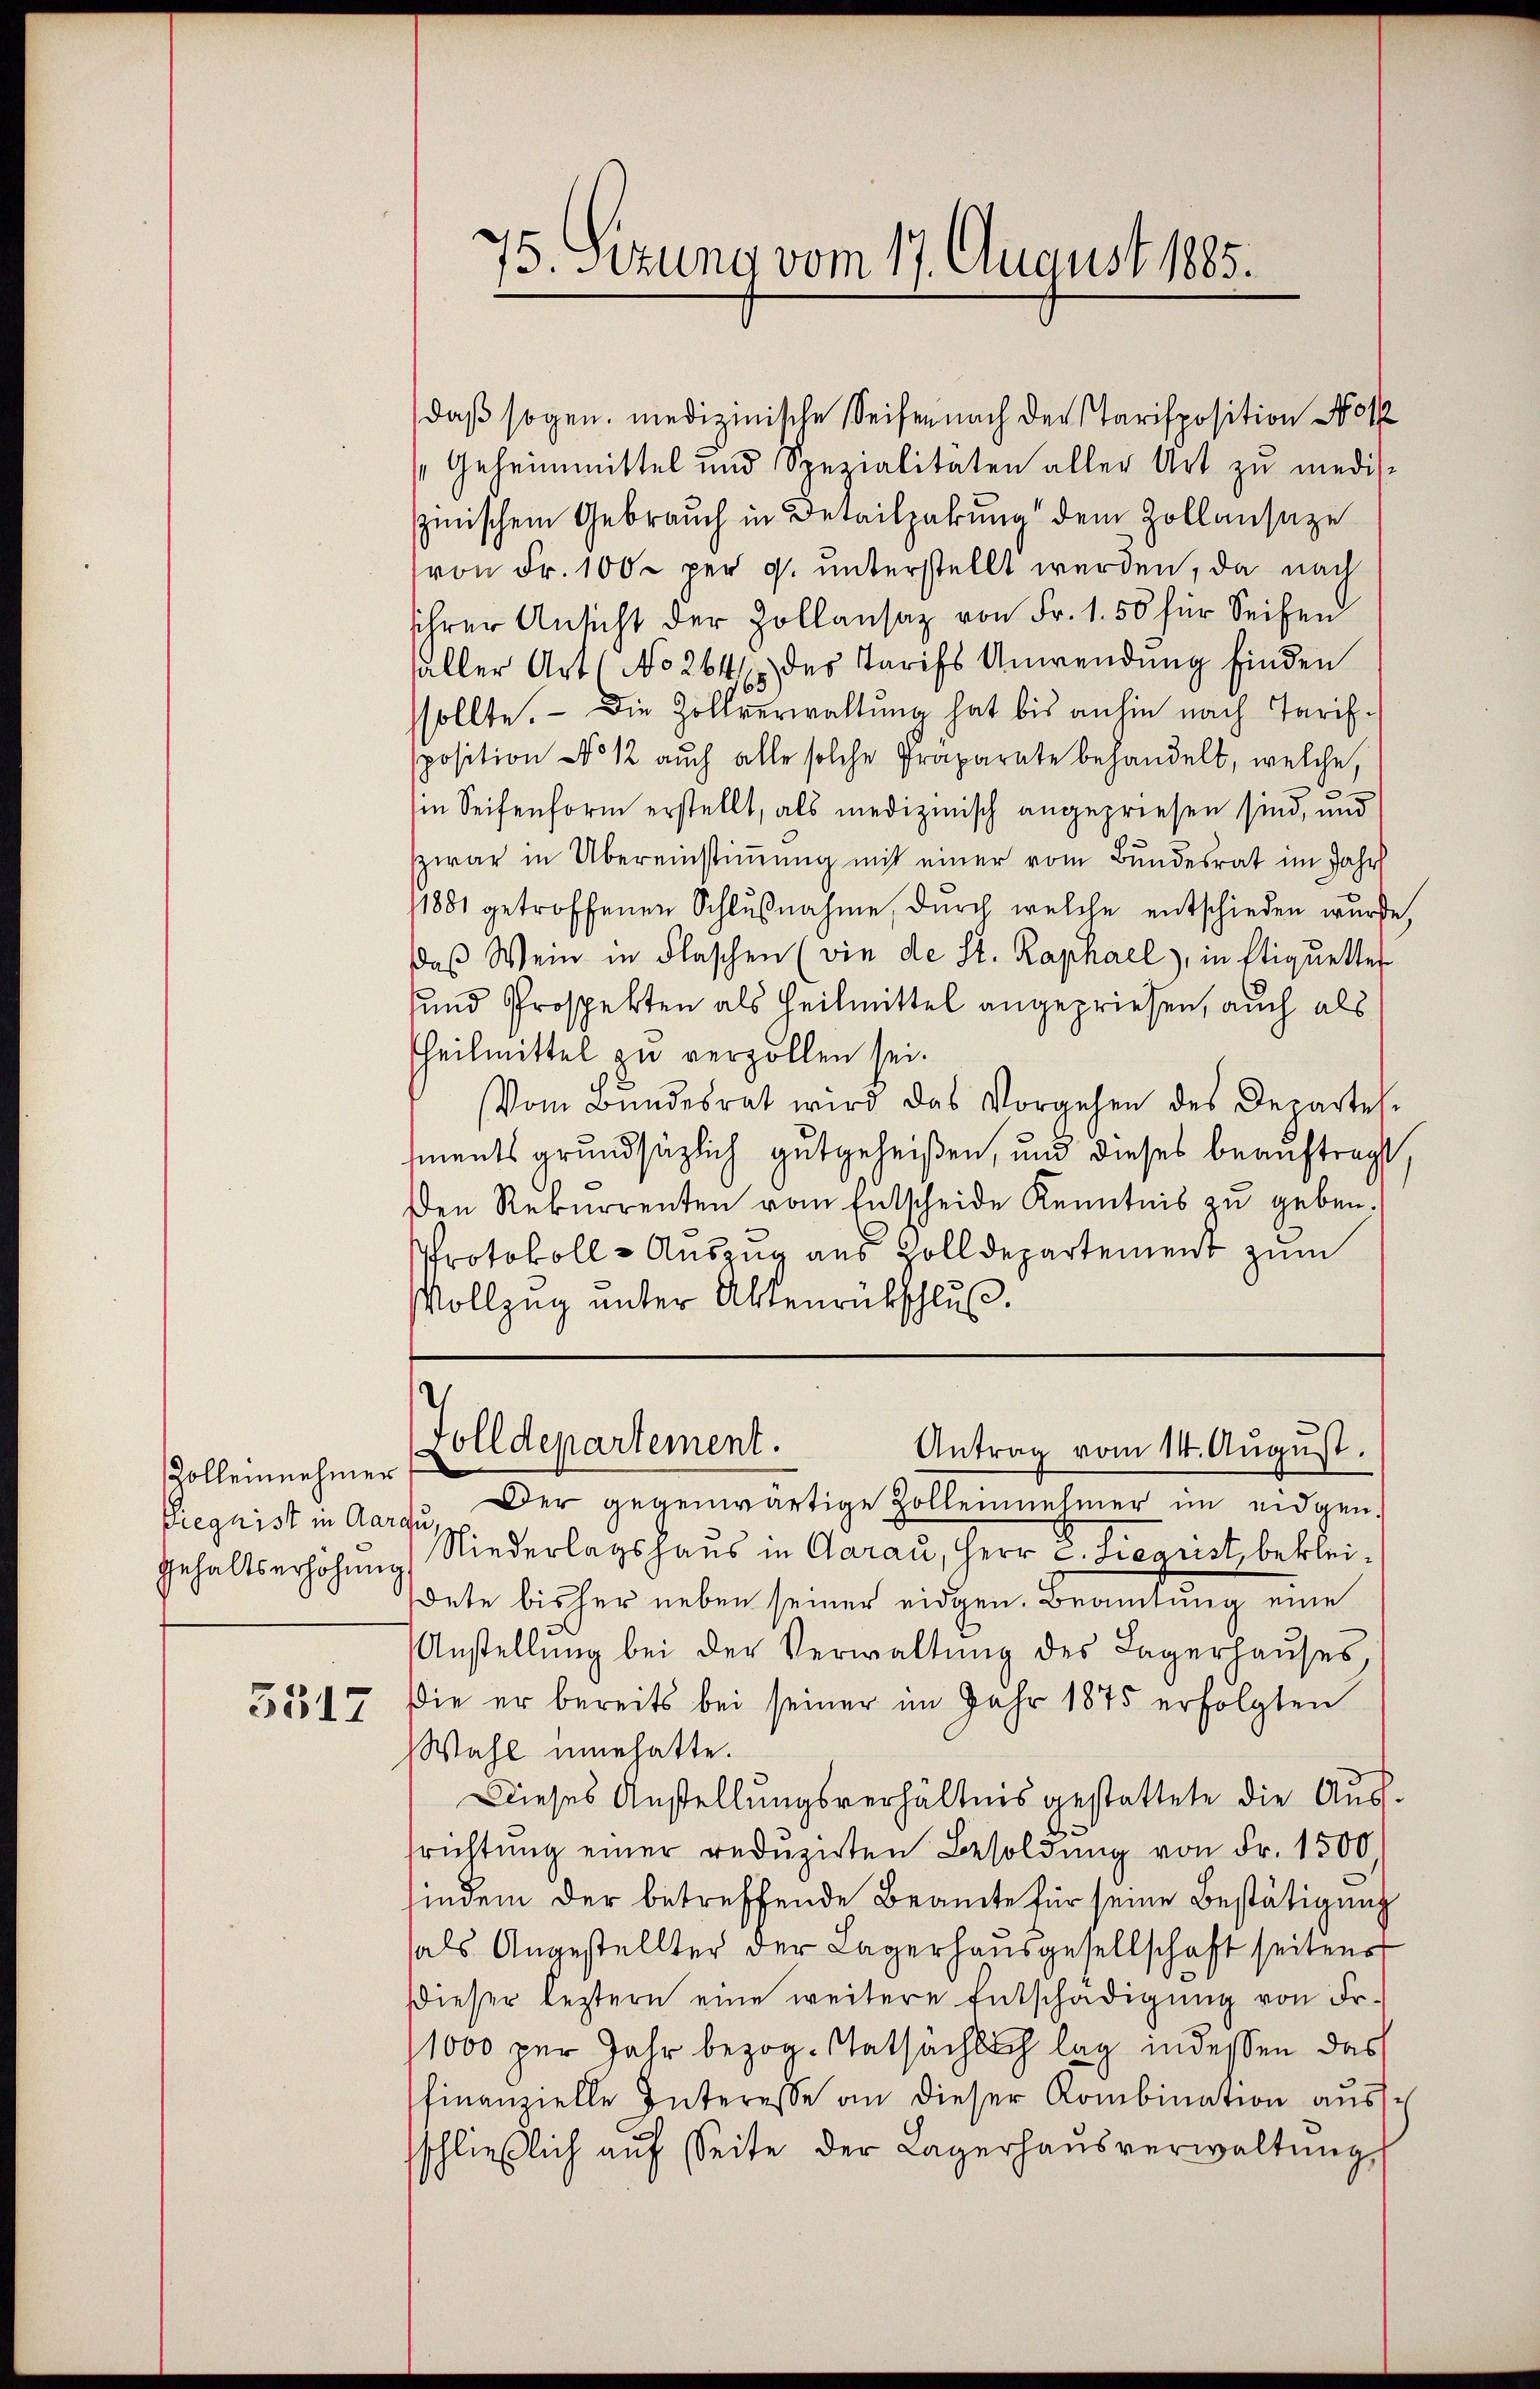
Zolleinnehmer
Piequist in Aarau
Gehaltserhöhung

3517

Geheimmittel und Spezialitäten aller Art zu medis-
sinischen Gebrauch in Beteilzahung dem Zollansaze
von Fr. 100 per 9. unterstellt werden, da nach
sihrer Ansicht der Zollansaz von Fr. 1.50 für Seifen
aller Art (No 264 des Tarifs Anwendung finden
sollte. - Die Zollverwaltung hat bis anhin nach Tarifposition No 12 auch alle solche Präparate behandelt, welche,
in Seitenform erstellt, als medizinisch angepriesen sind, und
zwar in Übereinstimmung mit einer vom Bundesrat im Jahr
1881 getroffenen Schlußnahme, durch welche entschieden wurde,
daß Wein in Flaschen (wie de St. Raphael), in Etiquettes
und Prospekten als Heilmittel angepriesen, auch als
Theilmittel zu verzollen sei.
Vom Bundesrat wird das Vorgehen des Departes.
sments grundsätzlich gutgeheißen, und dieses beauftragt,
Den Rekurrenten vom Entscheide Kenntnis zu geben.
Protokoll - Auszug aus Zolldepartement zum
Vollzug unter Aktenrückschluß

75. Sizung vom 17. August 1885.

daß sogen. medizinische Seifen nach der Parisposition Not

V
Zolldepartement.
Antrag vom 14. August.

Der gegenwärtige Zollennehmer im eidgen.
Niederlagshaus in Aarau, Herr C. Liegust, bekleidete bisher neben seiner eidgen. Beamtung eine
Anstellung bei der Verwaltung des Lagerhauses
Die er bereits bei seiner im Jahr 1875 erfolgten
Wahl unehatte.
Dieses Anstellungsverhältnis gestattete die Ausrichtung einer reduzirten Besoldung von Fr. 1500
findem der betreffende Beamte für seine Bestätigung
als Angestellter der Lagerhaŭsgesellschaft seiten
Dieser leztern eine weitere Entschädigung von Fr.
1000 per Jahr bezog. Tatsächlich lag in dessen das
finanzielle Interesse an dieser Kombination aussschlieβlich aŭf Seite der Lagerhaŭsverwaltŭng